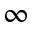
\infty